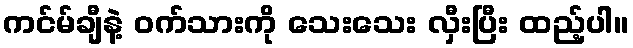
ကင်မ်ချီနဲ့ ဝက်သားကို သေးသေး လှီးပြီး ထည့်ပါ။